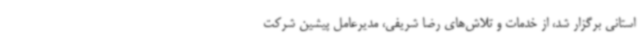
استانی برگزار شد، از خدمات و تلاش‌های رضا شریفی، مدیرعامل پیشین شرکت